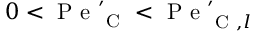
0 < \mathrm { ~ P ~ e ~ } _ { \mathrm { ~ C ~ } } ^ { \prime } < \mathrm { ~ P ~ e ~ } _ { \mathrm { ~ C ~ } , l } ^ { \prime }